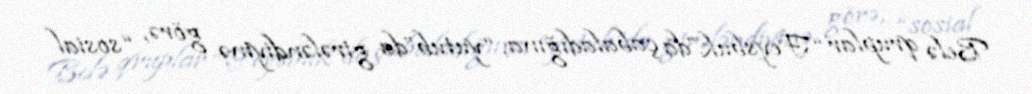
Belə qruplar “Feysbuk”da çabaladığına, “yutub”da girələndiyinə görə, “sosial